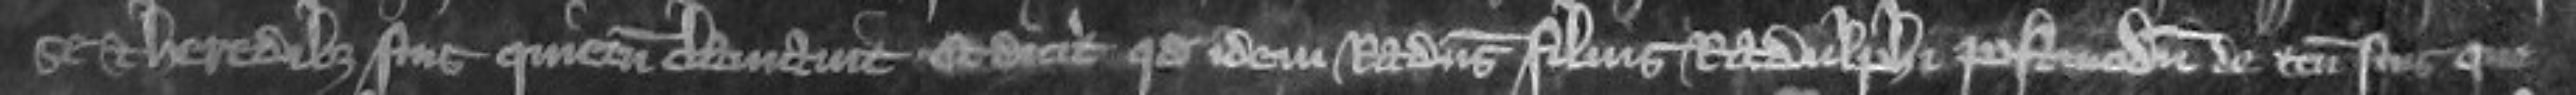
se et heredibus suis quietum clamavit Et dicit quod idem Radulphus filius Radulphi postmodum de tenementis suis que